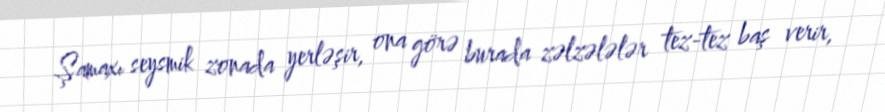
Şamaxı seysmik zonada yerləşir, ona görə burada zəlzələlər tez-tez baş verir,